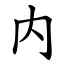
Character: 内